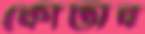
কোটাব